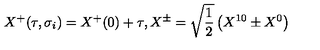
X ^ { + } ( \tau , \sigma _ { i } ) = X ^ { + } ( 0 ) + \tau , X ^ { \pm } = \sqrt { \frac { 1 } { 2 } } \left( X ^ { 1 0 } \pm X ^ { 0 } \right)